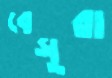
বেসুরা